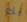
يك